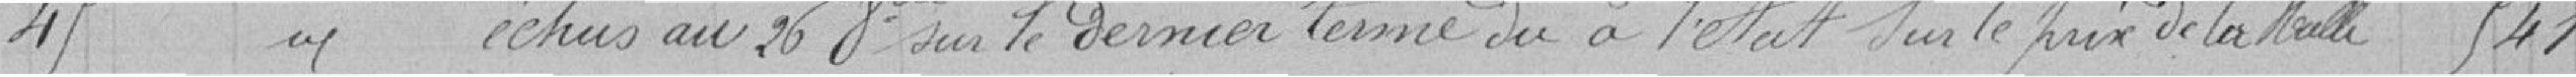
45 échus au 26 Octobre sur le dernier terme du à l'état sur le prix de la veille 541